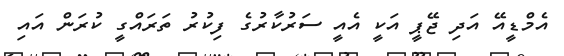
އެމްޑީއޭ އަދި ޖޭޕީ އަކީ އެއީ ސަރުކާރުގެ ފިކުރު ތަރައްގީ ކުރަން އައި